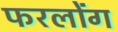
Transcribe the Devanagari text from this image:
फरलोंग